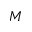
\boldsymbol { M }